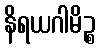
နိရယဂါမိဉ္စ